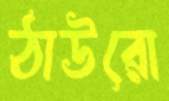
ঠাউরো